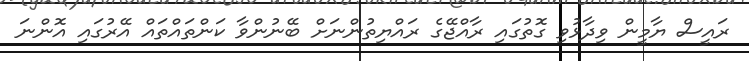
ރައީސް ޔާމީން ވިދާޅުވި ގޮތުގައި ރާއްޖޭގެ ރައްޔިތުންނަށް ބޭނުންވާ ކަންތައްތައް އޭރުގައި އޮންނަ